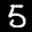
Label: 5